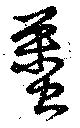
蠆